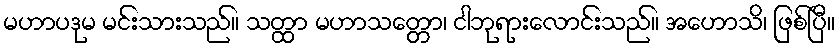
မဟာပဒုမ မင်းသားသည်။ သတ္ထာ မဟာသတ္တော၊ ငါဘုရားလောင်းသည်။ အဟောသိ၊ ဖြစ်ပြီ။